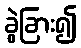
ခွဲခြား၍